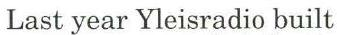
Last year Yleisradio built